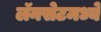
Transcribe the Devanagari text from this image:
लॅनसेटमध्ये